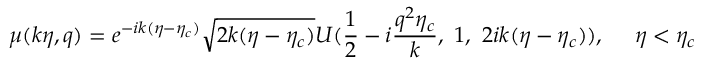
\mu ( k \eta , q ) = e ^ { - i k ( \eta - \eta _ { c } ) } \sqrt { 2 k ( \eta - \eta _ { c } ) } U ( \frac { 1 } { 2 } - i \frac { q ^ { 2 } \eta _ { c } } { k } , ~ 1 , ~ 2 i k ( \eta - \eta _ { c } ) ) , ~ ~ ~ ~ \eta < \eta _ { c }